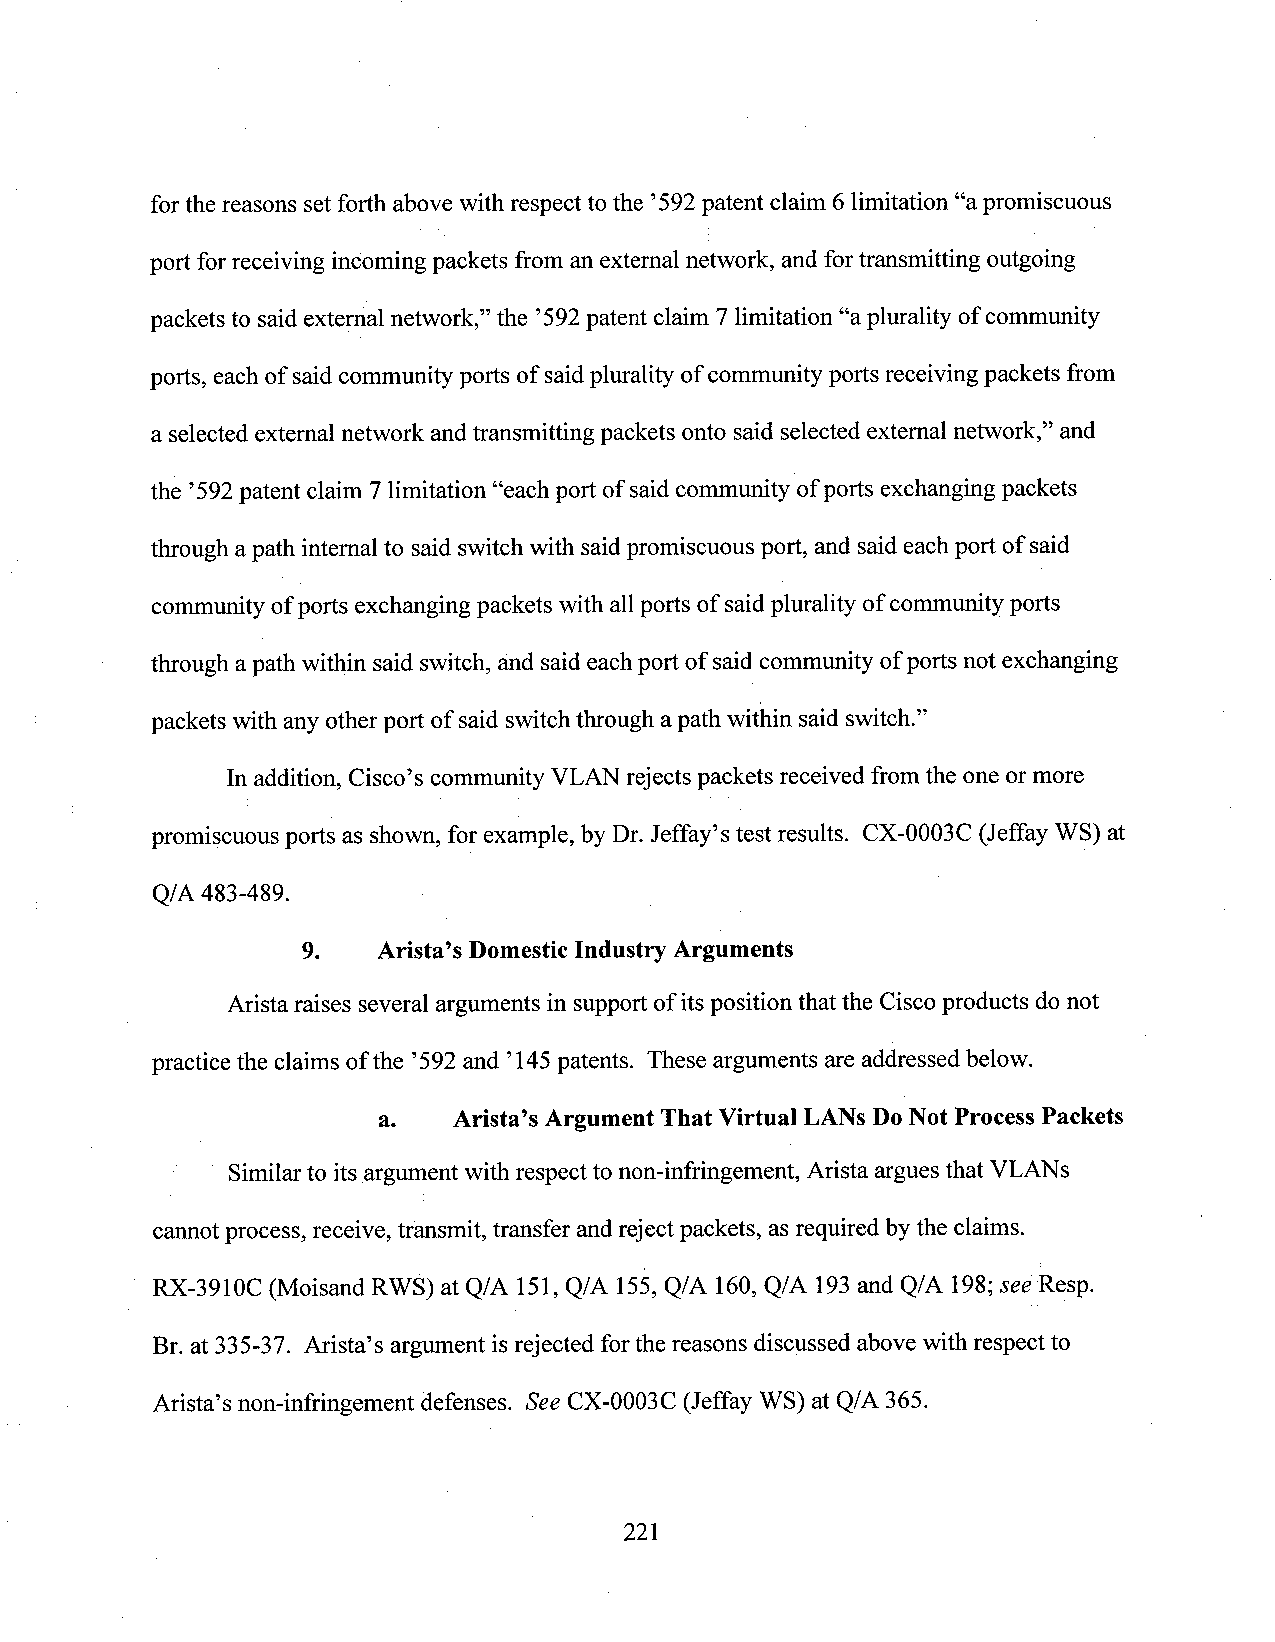
forthe reasons setforth above with respect to the ’592patent claim 6limitation “apromiscuous
 port forreceiving incoming packets from an external network, and fortransmitting outgoing
 packets to said external network,” the ’592patent claim 7 limitation “aplurality ofcommunity
 ports, eachof saidcommunity ports of saidplurality of communityports receivingpackets from
 a selectedexternal network and transmitting packets onto said selected external network,” and
 the ’592patent claim 7limitation “each port of saidcommunityof ports exchanging packets
 through apath internal to said switch with saidpromiscuous port, and saideachport of said
 communityofports exchanging packets with allports of saidplurality ofcommunityports
 through apath within said switch, and saideach port of said community ofports not exchanging
 packets with anyother port of said switchthrough apath within saidswitch.”
 Inaddition, Cisco’s community VLAN rejects packets received from the one ormore
 promiscuous ports as shown, for example, by Dr. Jeffay’s test results. CX-0003C (Jeffay WS) at
 Q/A483-489.
 9.   Arista’s DomesticIndustry Arguments
 Arista raises several arguments in supportof its position that the Ciscoproducts do not
 practice the claims of the ’592 and ’145patents. These arguments are addressed below.
 a.   Arista’s Argument That Virtual LANsD0Not ProcessPackets
 i i Similar to its argument with respect to non-infringement, Arista argues that VLANS
 cam1otprocess, receive, transmit, transfer and reject packets, as required by the claims.
 RX-3910C (Moisand RWS) at Q/A 151, Q/A 155,Q/A 160, Q/A 193and Q/A 198;sea Resp.
 Br. at 335-37. Arista’s argument isrejected forthe reasons discussed abovewith respect to
 Arista’s non-infringement defenses. See CX-0003C (Jeffay WS) at Q/A 365.
 221